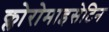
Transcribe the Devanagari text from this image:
क्लोरोमाइसेटिन